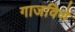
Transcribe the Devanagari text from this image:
गाजविणे